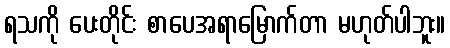
ရသကို ပေးတိုင်း စာပေအရာမြောက်တာ မဟုတ်ပါဘူး။